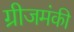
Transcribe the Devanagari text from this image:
ग्रीजमंकी